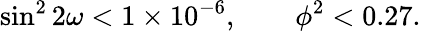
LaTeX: \sin^{2}2\omega<1\times 10^{-6},\qquad\phi^{2}<0.27.